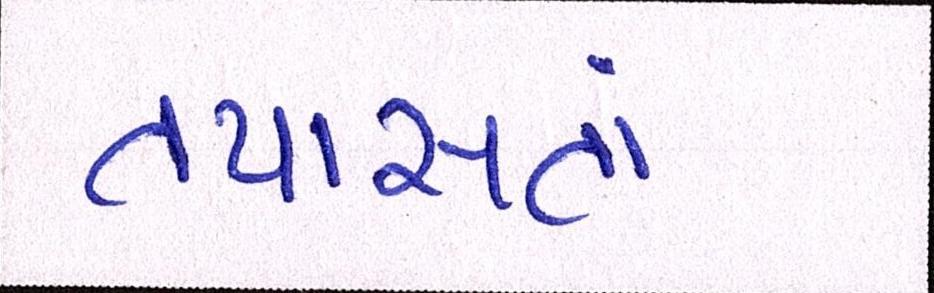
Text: તપાસતાં